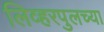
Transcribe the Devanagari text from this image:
लिव्हरपुलच्या